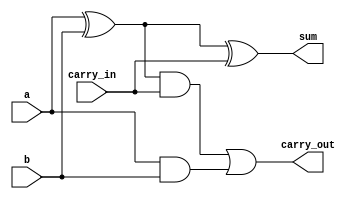
module full_adder_dataflow(
    input a,     // always wire
    input b,
	input carry_in,
    output sum,  // default wire but can be changed to reg
    output carry_out
    );
  
    // Declare nets to connect the half adders
    wire sum1;
    wire and1;
    wire and2;	
	
	// Implement the circuit using Dataflow style
    assign sum1 = a ^ b;
    assign and1 = sum1 & carry_in;
    assign and2 = a & b;
    
    assign sum  = sum1 ^ carry_in;
    assign carry_out  = and1 | and2;
  
endmodule


module testbench();
  
    // Declare variables and nets for module ports
    reg a;
    reg b;
    reg cin;
    wire sum;
    wire cout;  
  
    // Instantiate the module
    full_adder_dataflow FULL_ADD(
        .a(a),
        .b(b),
        .carry_in(cin),
        .sum(sum),
        .carry_out(cout)
        );
  
    // Generate stimulus and monitor module ports
    initial begin
      $monitor("a=%b, b=%b, carry_in=%0b, sum=%b, carry_out=%b", a, b, cin, sum, cout);
    end  
  
    initial begin
        #1; a = 0; b = 0; cin = 0;
        #1; a = 0; b = 0; cin = 1;
        #1; a = 0; b = 1; cin = 0;
        #1; a = 0; b = 1; cin = 1;
        #1; a = 1; b = 0; cin = 0;
        #1; a = 1; b = 0; cin = 1;
        #1; a = 1; b = 1; cin = 0;
        #1; a = 1; b = 1; cin = 1;
    end
  
endmodule